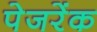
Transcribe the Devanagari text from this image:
पेजरेंक